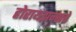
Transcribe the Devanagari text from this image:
होरायझन्सचे